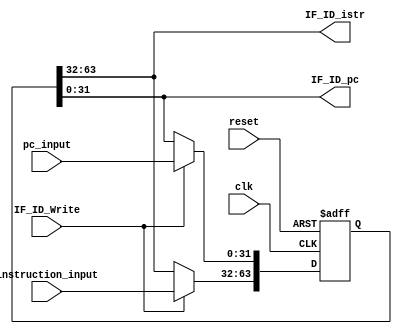
`timescale 1ns / 1ps
//////////////////////////////////////////////////////////////////////////////////
// Company: 
// Engineer: 
// 
// Design Name: 
// Module Name:    IF_ID_Register 
// Project Name: 
// Target Devices: 
// Tool versions: 
// Description: 
//
// Dependencies: 
//
// Revision: 
// Revision 0.01 - File Created
// Additional Comments: 
//
//////////////////////////////////////////////////////////////////////////////////


module IF_ID_Register(clk,reset,IF_ID_Write,instruction_input ,pc_input,IF_ID_pc,IF_ID_istr);

input clk,reset,IF_ID_Write;
input [31:0]instruction_input,pc_input;
output reg [31:0]  IF_ID_pc,IF_ID_istr;


reg [63:0] IF_ID;
always@(posedge clk or posedge reset)begin
	if (reset)
        IF_ID <= 64'b0;
   else begin
	if (IF_ID_Write) begin
	IF_ID[31:0]<= pc_input;
	IF_ID[63:32]<= instruction_input;
	end
	end
end

always @(*)
begin
    IF_ID_pc <= IF_ID[31:0];
    IF_ID_istr <= IF_ID[63:32];

end

endmodule